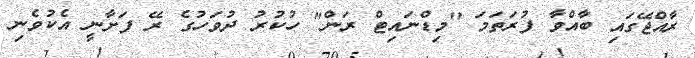
ރާއްޖޭގައި ބާއްވާ ފުރަތަމަ "މިޑްނައިޓް ރަން" ހުކުރު ދުވަހުގެ ރޭ ފަށާނީ އެކުވެނި